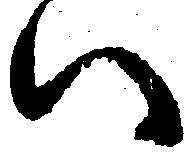
い